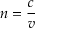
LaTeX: n = { \frac { c } { v } }